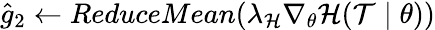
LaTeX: \hat{g}_{2}\leftarrow ReduceMean(\lambda_{\mathcal{H}}\nabla_{\theta}\mathcal{H}(\mathcal{T}\mid\theta))